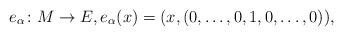
LaTeX: \begin{align*}e_\alpha \colon M \to E, e_\alpha(x) = (x,(0,\dots,0,1,0,\dots,0)),\end{align*}